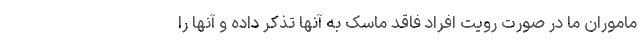
ماموران ما در صورت رویت افراد فاقد ماسک به آنها تذکر داده و آنها را